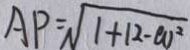
A P = \sqrt { 1 + 1 2 - w ^ { 2 } }